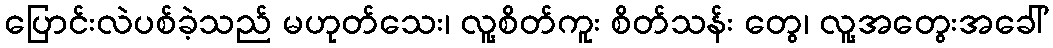
ပြောင်းလဲပစ်ခဲ့သည် မဟုတ်သေး၊ လူ့စိတ်ကူး စိတ်သန်း တွေ၊ လူ့အတွေးအခေါ်